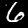
Label: 6